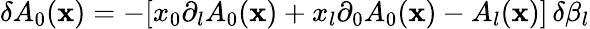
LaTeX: \delta A_{0}({\mathbf x})=-[x_{0}\partial_{l}A_{0}({\mathbf x})+x_{l}\partial_{0}A_{0}({\mathbf x})-A_{l}({\mathbf x})]\, \delta\beta_{l}